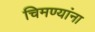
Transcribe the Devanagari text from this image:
चिमण्यांना